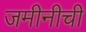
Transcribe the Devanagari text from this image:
जमीनीची